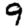
Digit: 9